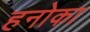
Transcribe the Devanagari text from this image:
हनोका